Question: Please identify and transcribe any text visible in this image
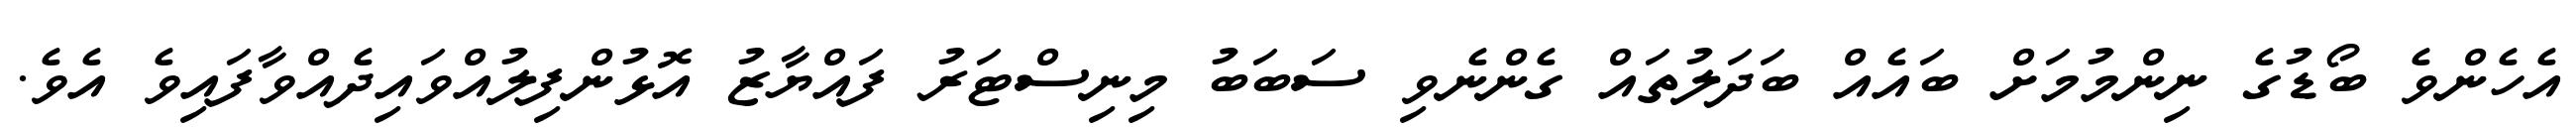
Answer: އެހެންވެ ބޯޑުގެ ނިންމުމަށް ބައެއް ބަދަލުތައް ގެންނެވި ސަބަބު މިނިސްޓަރު ފައްޔާޒު އޮޅުންފިލުއްވައިދެއްވާފައިވެ އެވެ.